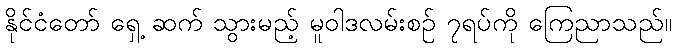
နိုင်ငံတော် ရှေ့ ဆက် သွားမည့် မူဝါဒလမ်းစဉ် ၇ရပ်ကို ကြေညာသည်။